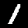
Label: 1